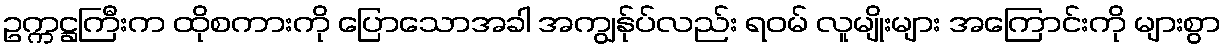
ဥက္ကဋ္ဌကြီးက ထိုစကားကို ပြောသောအခါ အကျွန်ုပ်လည်း ရဝမ် လူမျိုးများ အကြောင်းကို များစွာ